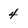
Character: 4